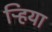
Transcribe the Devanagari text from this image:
ऱ्हिया